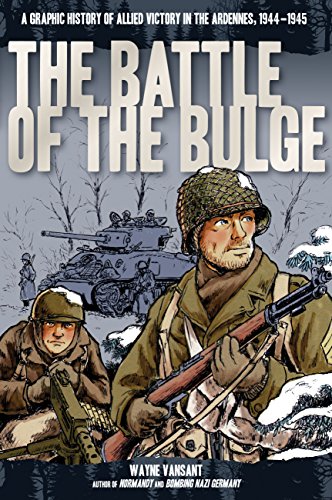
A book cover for The Battle of the Bulge: A Graphic History of Allied Victory in the Ardennes, 1944-1945 (Zenith Graphic Histories); Wayne Vansant; Comics & Graphic Novels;